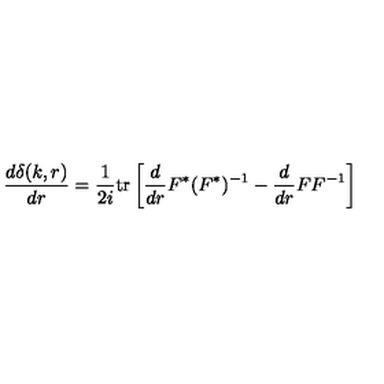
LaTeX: \frac { d \delta ( k , r ) } { d r } = \frac { 1 } { 2 i } \mathrm { t r } \left[ \frac { d } { d r } F ^ { * } ( F ^ { * } ) ^ { - 1 } - \frac { d } { d r } F F ^ { - 1 } \right] \,